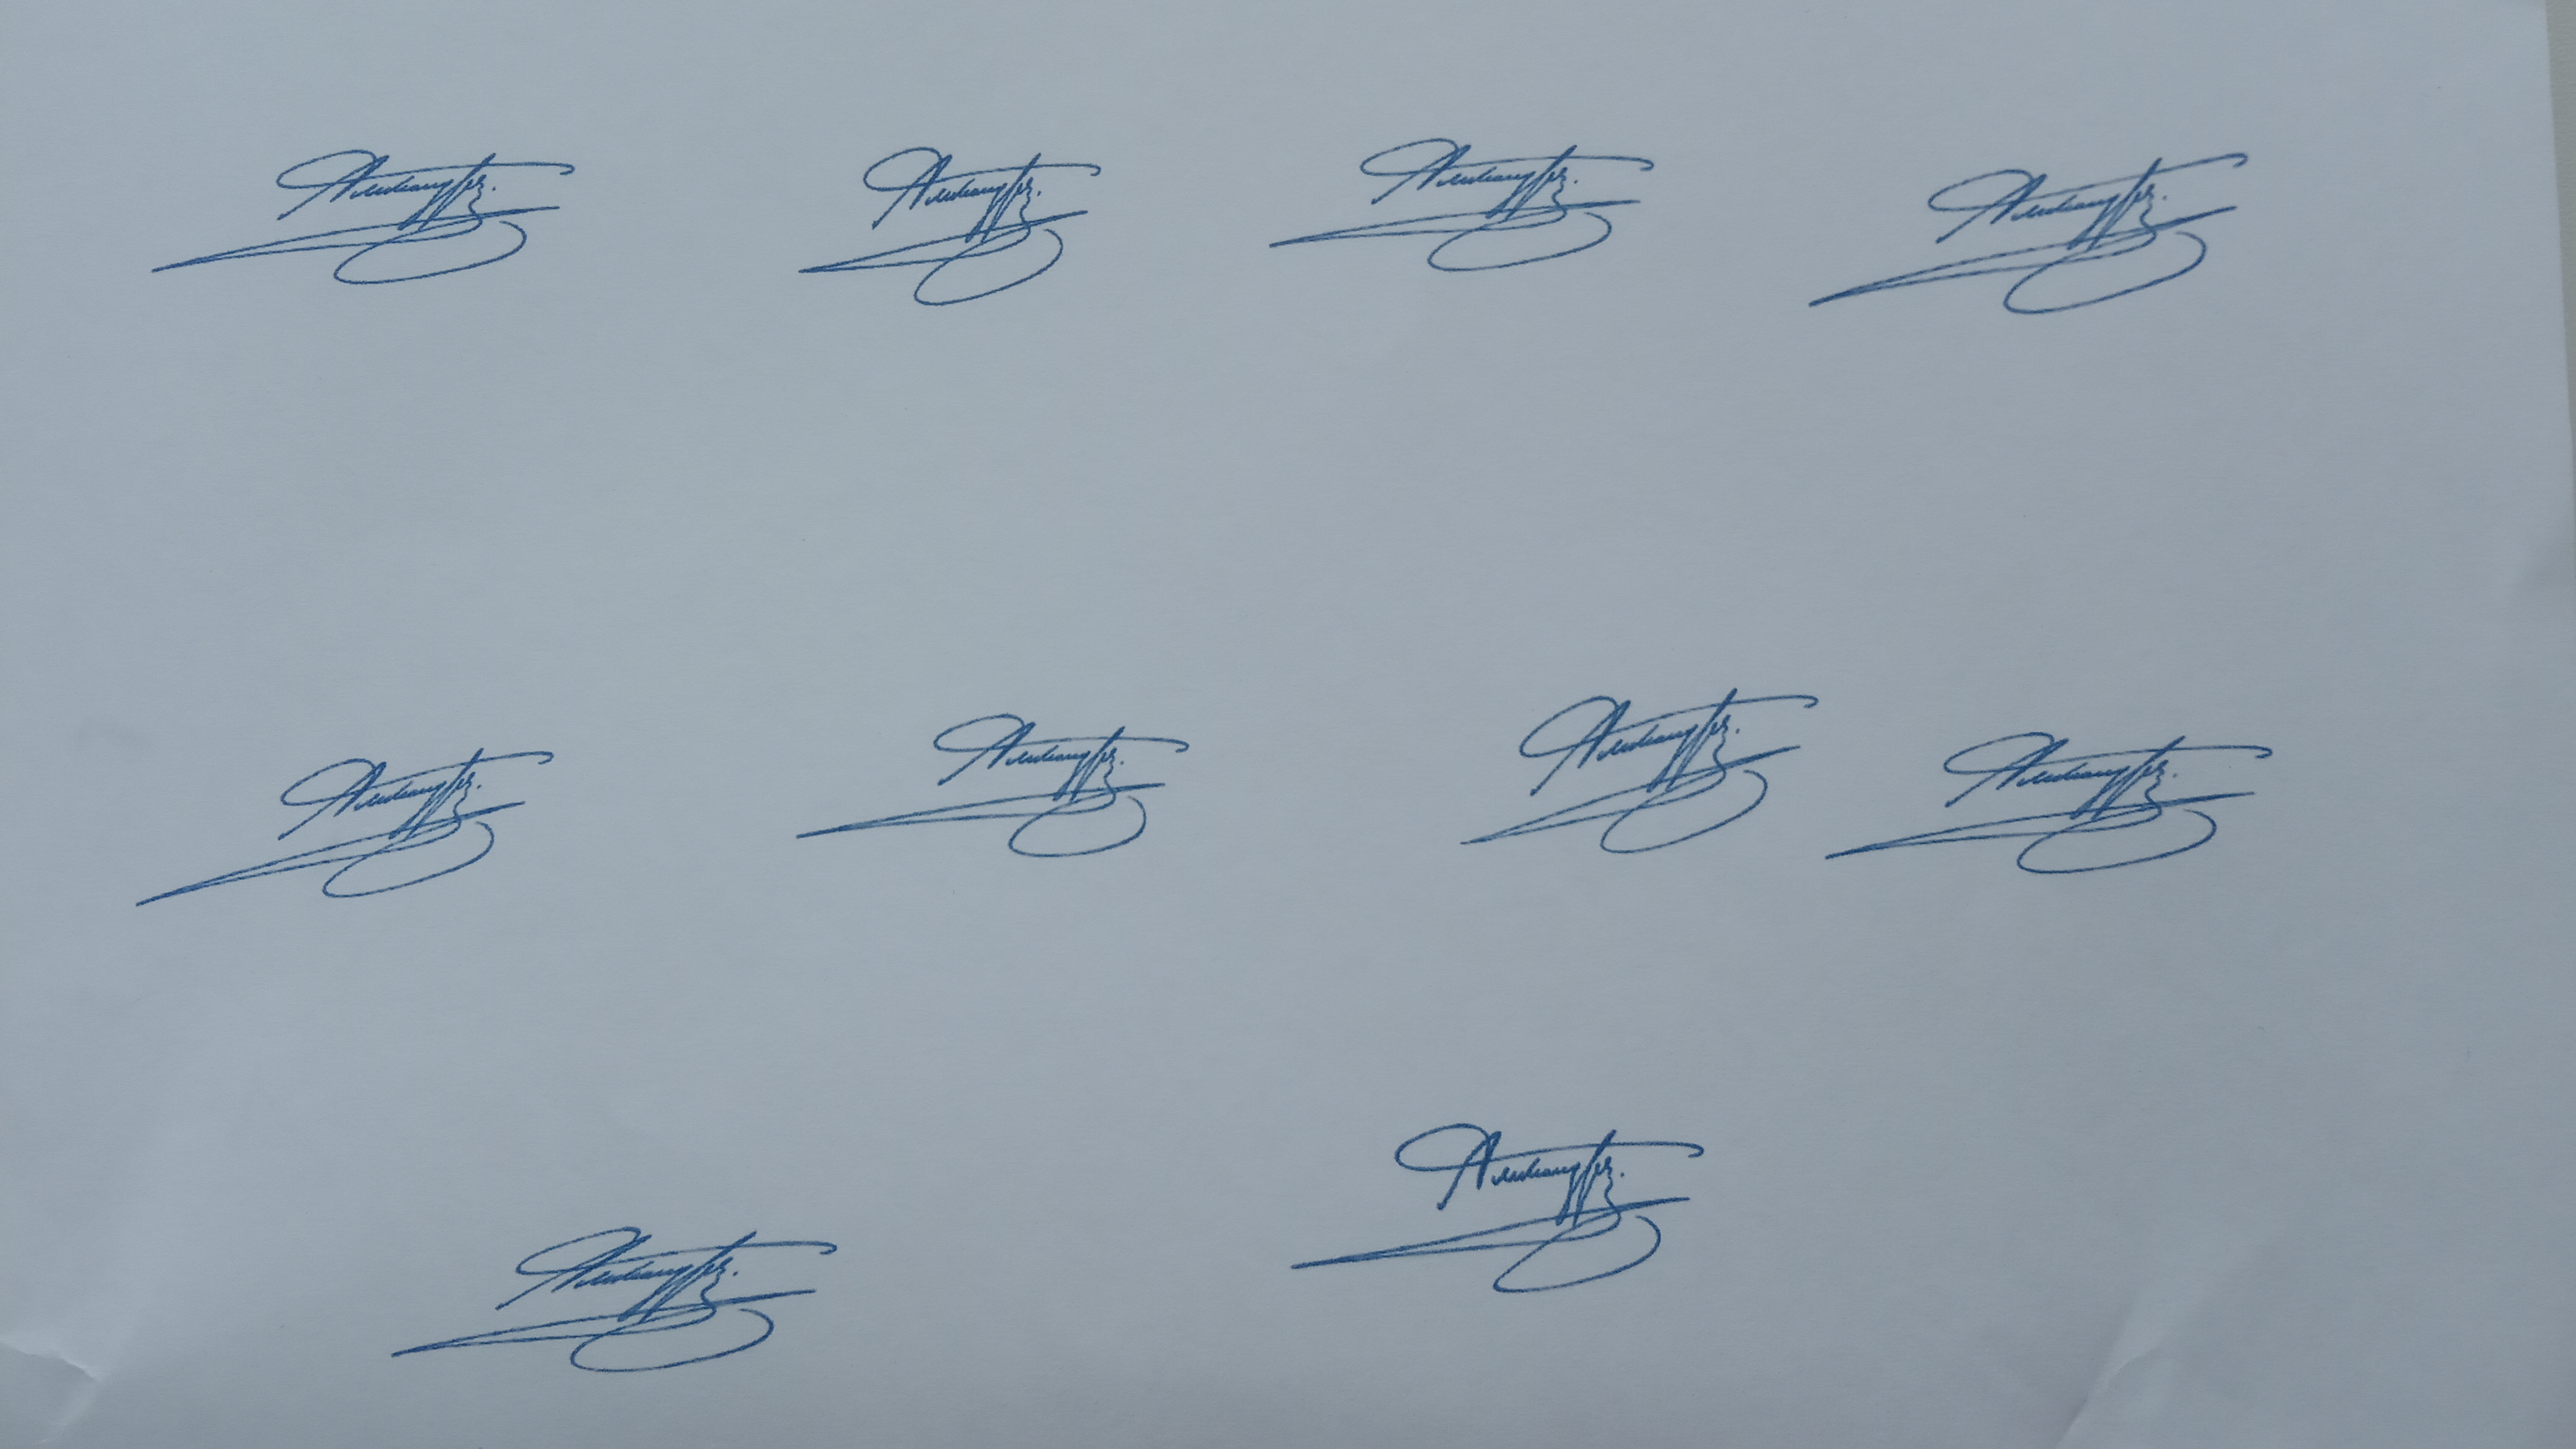
Signature authenticity: genuine